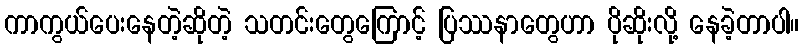
ကာကွယ်ပေးနေတဲ့ဆိုတဲ့ သတင်းတွေကြောင့် ပြဿနာတွေဟာ ပိုဆိုးလို့ နေခဲ့တာပါ။